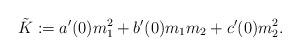
LaTeX: \begin{align*}\tilde K: =a'(0) m_1^2 +b'(0) m_1m_2 + c'(0) m_2^2.\end{align*}